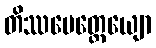
တိဿမေတ္တေယျော